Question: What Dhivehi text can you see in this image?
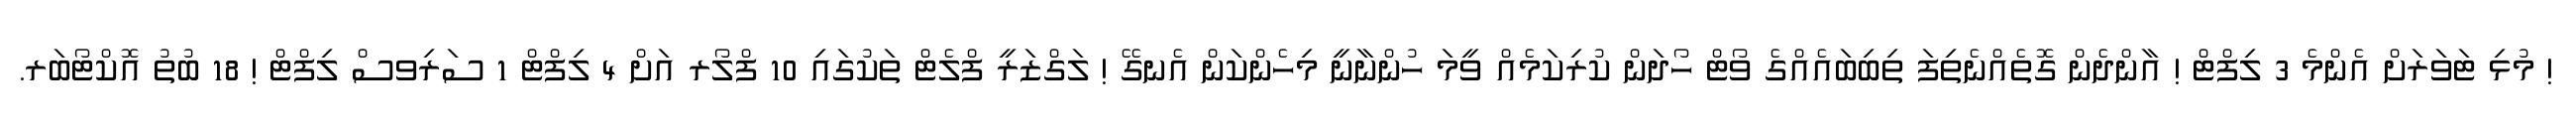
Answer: ! މުޅި ޓަވަރަށް އެންމެ 3 ލިފްޓް ! އާންދެން ގޮތެއްނެތިފަ ތިބިބައެއްގެ ވޯޓް ހޯދަން ކުރިކަމެއް ވީމަ ހުންނާނީ މިހެންކަން އެނގޭ ! ލަގްޒަރީ ފްލެޓް ތަކުގައި 10 ފްލޯރ އަށް 4 ލިފްޓް 1 ސަރިވސް ލިފްޓް ! 18 ބުތު އޮކްޓޯބަރ.